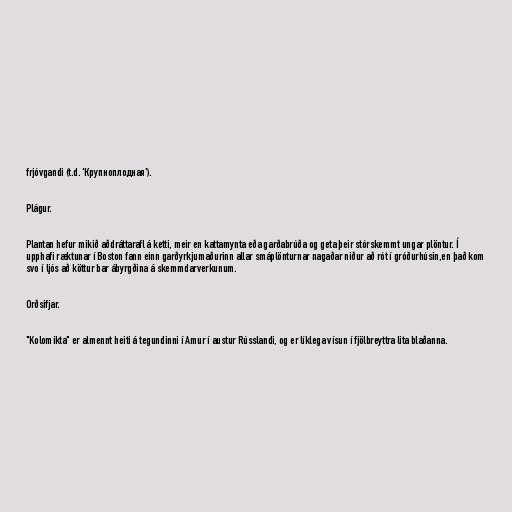
frjóvgandi (t.d. 'Крупноплодная').

Plágur.

Plantan hefur mikið aðdráttarafl á ketti, meir en kattamynta eða garðabrúða og geta þeir stórskemmt ungar plöntur. Í
upphafi ræktunar í Boston fann einn garðyrkjumaðurinn allar smáplönturnar nagaðar niður að rót í gróðurhúsin,en það kom
svo í ljós að köttur bar ábyrgðina á skemmdarverkunum.

Orðsifjar.

"Kolomikta" er almennt heiti á tegundinni í Amur í austur Rússlandi, og er líklega vísun í fjölbreyttra lita blaðanna.